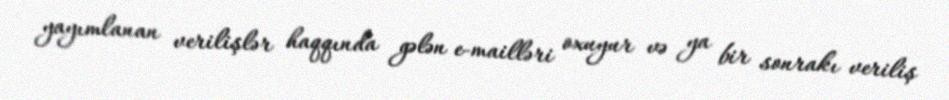
yayımlanan verilişlər haqqında gələn e-mailləri oxuyur və ya bir sonrakı veriliş